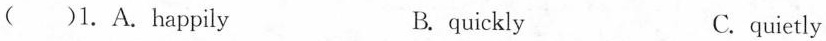
( )1. A.happily B. quickly C. quietly